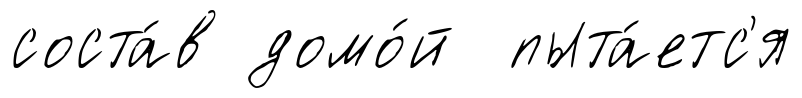
соста́в домо́й пыта́етс'я